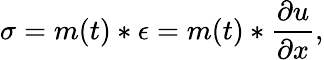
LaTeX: \sigma=m(t)*\epsilon=m(t)*\frac{\partial u}{\partial x},